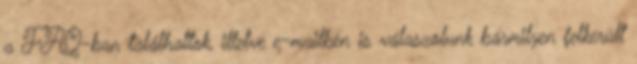
a FAQ-ban találhattok, illetve e-mailben is válaszolunk bármilyen felkerült